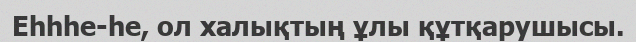
Еһһһе-һе, ол халықтың ұлы құтқарушысы.